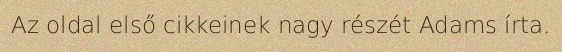
Az oldal első cikkeinek nagy részét Adams írta.